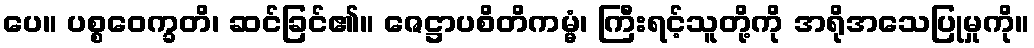
ပေ။ ပစ္စဝေက္ခတိ၊ ဆင်ခြင်၏။ ဇေဋ္ဌာပစိတိကမ္မံ၊ ကြီးရင့်သူတို့ကို အရိုအသေပြုမှုကို။